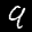
Label: 9